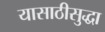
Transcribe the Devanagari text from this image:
यासाठीसुद्धा